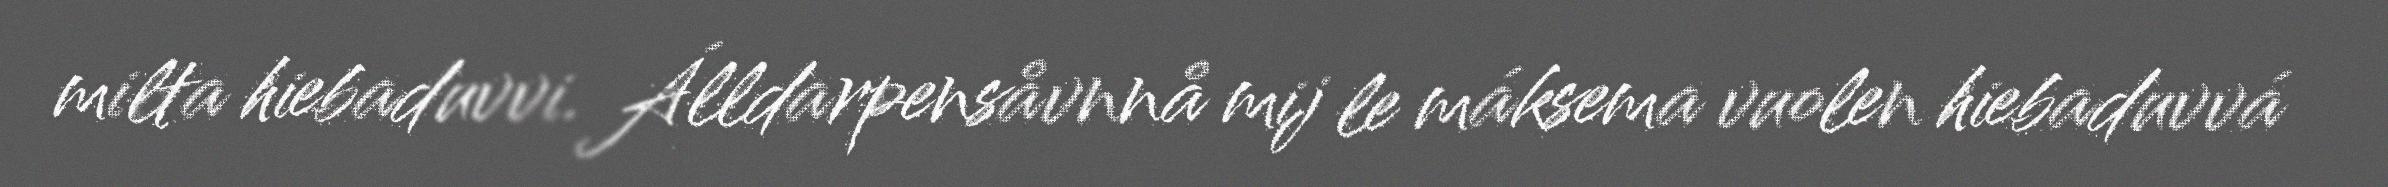
milta hiebaduvvi. Álldarpensåvnnå mij le máksema vuolen hiebaduvvá